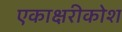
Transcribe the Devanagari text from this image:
एकाक्षरीकोश